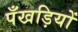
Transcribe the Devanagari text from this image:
पँखड़ियों